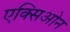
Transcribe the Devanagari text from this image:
एक्सिओन